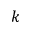
k ^ { \th }